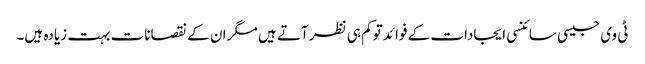
ٹی وی جیسی سائنسی ایجادات کے فوائد توکم ہی نظر آتے ہیں مگر ان کے نقصانات بہت زیادہ ہیں۔